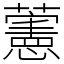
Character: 藼